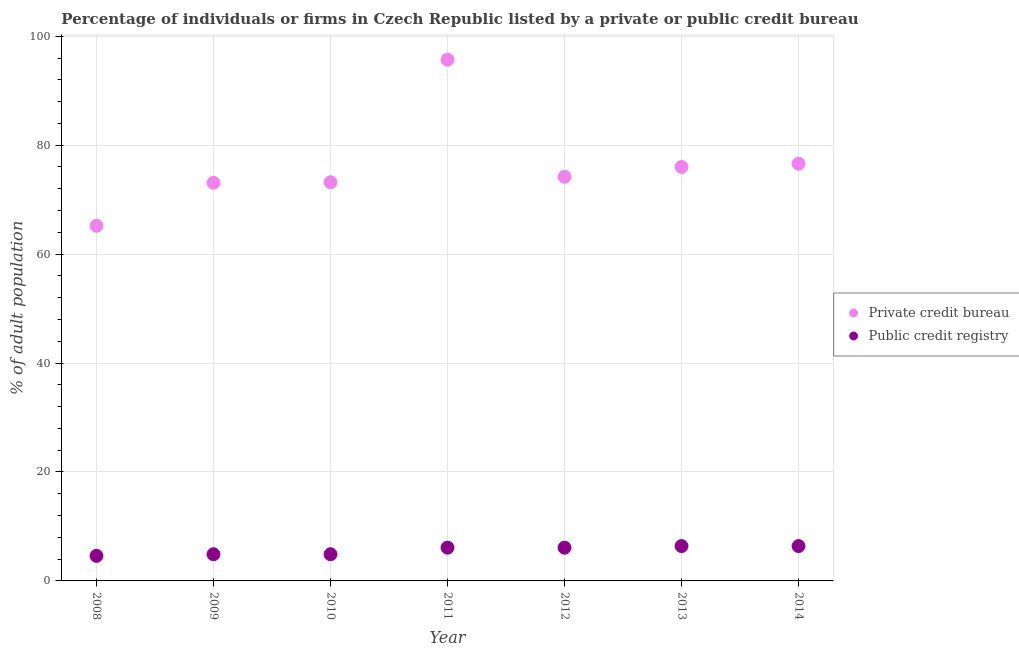
| Year | Private credit bureau | Public credit registry |
 | --- | --- | --- |
 | 2008 | 65.2 | 4.6 |
 | 2009 | 73.1 | 4.9 |
 | 2010 | 73.2 | 4.9 |
 | 2011 | 95.7 | 6.1 |
 | 2012 | 74.2 | 6.1 |
 | 2013 | 76 | 6.4 |
 | 2014 | 76.6 | 6.4 |